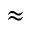
\approx